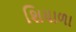
શિયાળા